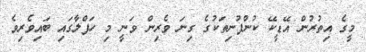
މީގެ އިތުރުން އޭޑީކޭ ކުންފުނިތަކުގެ ގިނަ ވެރިން ވަނީ މި ހަފްލާގައި ބައިވެރިވެ